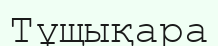
Тұщықара